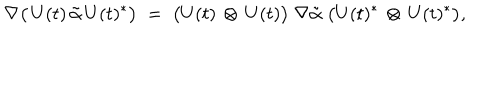
\nabla \bigl ( \, U ( t ) \, \tilde { \alpha } \, U ( t ) ^ { * } \bigr ) \; = \; \bigl ( U ( t ) \, \otimes \, U ( t ) \bigr ) \; \nabla \tilde { \alpha } \; \bigl ( U ( t ) ^ { * } \, \otimes \, U ( t ) ^ { * } \bigr ) ,